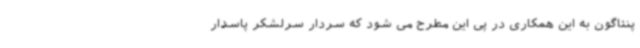
پنتاگون به این همکاری در پی این مطرح می شود که سردار سرلشکر پاسدار